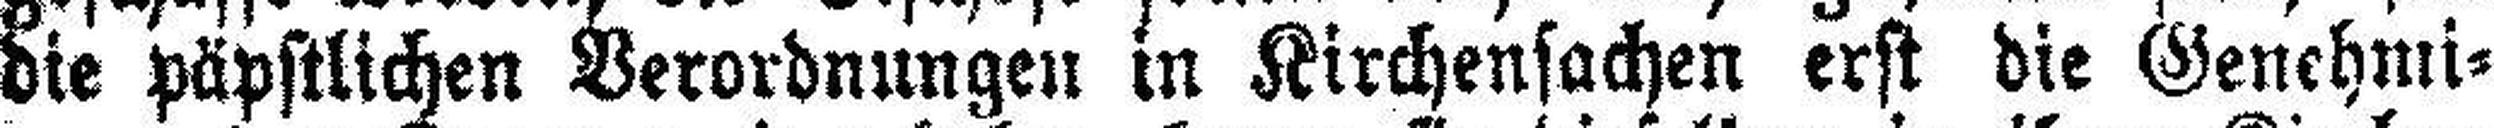
die päpstlichen Verordnungen in Kirchensachen erst die Genehmi¬